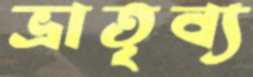
ভ্রাতৃব্য